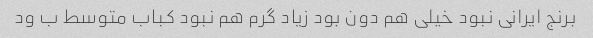
برنج ایرانی نبود خیلی هم دون بود زیاد گرم هم نبود کباب متوسط ب ود